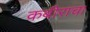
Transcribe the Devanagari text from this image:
कबीराचा